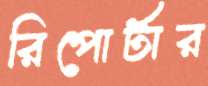
রিপোর্টার